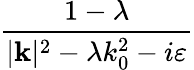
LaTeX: \frac{1-\lambda}{|\mathbf{k}|^{2}-\lambda k_{0}^{2}-i\varepsilon}